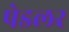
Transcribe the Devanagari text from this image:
पेडलर